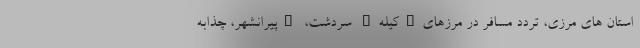
استان های مرزی، تردد مسافر در مرزهای"کیله" سردشت، "پیرانشهر، چذابه